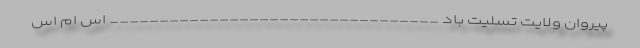
پیروان ولایت تسلیت باد _________________________________ اس ام اس